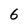
Character: 6